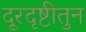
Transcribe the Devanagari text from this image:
दूरदृष्टीतुन